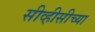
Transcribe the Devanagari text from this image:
सीव्हीसीच्या